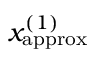
x _ { \mathrm { a p p r o x } } ^ { ( 1 ) }